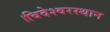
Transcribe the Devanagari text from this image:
।विदेश्वरस्थान